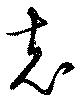
克